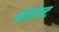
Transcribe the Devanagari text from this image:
प्रोपेलेन्ट